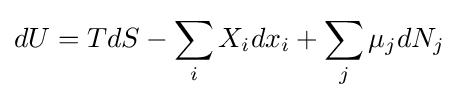
dU=TdS-\sum _{i}X_{i}dx_{i}+\sum _{j}\mu _{j}dN_{j}